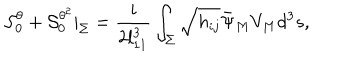
{ \cal S } _ { 0 } ^ { \theta } + { \cal S } _ { 0 } ^ { \theta ^ { 2 } } | _ { \Sigma } = { \frac { i } { 2 l _ { 1 1 } ^ { 3 } } } \int _ { \Sigma } \sqrt { h _ { i j } } { \bar { \Psi } } _ { M } V _ { M } d ^ { 3 } s ,